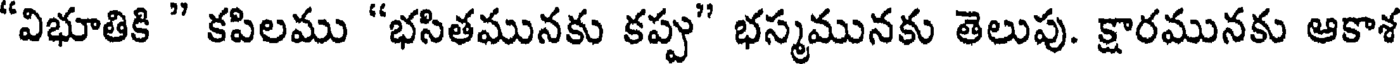
"విభూతికి " కపిలము "భసితమునకు కప్పు" భస్మమునకు తెలుపు. క్షారమునకు ఆకాశ